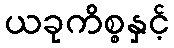
ယခုကိစ္စနှင့်